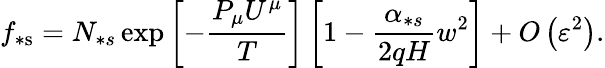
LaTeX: f_{\ast\mathrm{s}}=N_{\ast s}\exp\left[-\frac{P_{\mu}U^{\mu}}{T}\right]\left[1-\frac{\alpha_{\ast s}}{2qH}w^{2}\right]+O\left(\varepsilon^{2}\right).